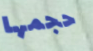
حجمها